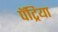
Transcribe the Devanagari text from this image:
पॅट्रिया